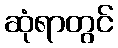
ဆုံရာတွင်